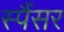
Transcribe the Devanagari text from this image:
स्पैंसर